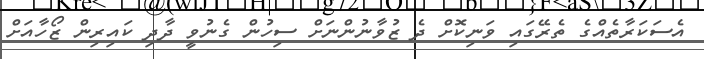
އެސަކަރާތެއްގެ ތެރޭގައި ވަނިކޮށް ދެ ޒުވާނުންނަށް ސިހުން ގެނުވީ ދާދި ކައިރިން ޒޯހާއަށް